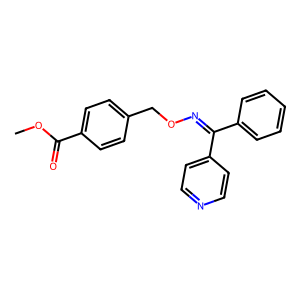
SMILES: COC(=O)c1ccc(CON=C(c2ccccc2)c2ccncc2)cc1
Inhibits HIV replication: No